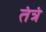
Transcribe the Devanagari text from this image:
तंत्रं